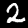
Label: 2